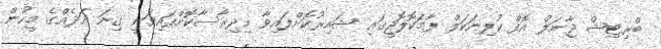
ބްރިޓިޝް ޖާނަލް އޮފް ކުލިނަކަލް ފާމަކޮލޮޖީގައި ޝައިރުކޮށްފައިވާ މިދިރާސާކޮށްފައިވަނީ ގިނަ އަދެއްގެ މީހުން